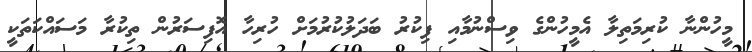
މީހުންނާ ކުރިމަތިލާ އެމީހުންގެ ވިސްނުމާއި ފިކުރު ބަދަލުކުރުމަށް ހުރިހާ އޮފިސަރުން ތިކުރާ މަސައްކަތަކީ